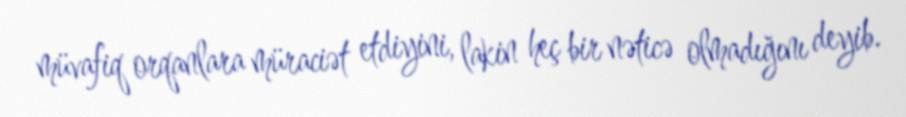
müvafiq orqanlara müraciət etdiyini, lakin heç bir nəticə olmadığını deyib.